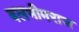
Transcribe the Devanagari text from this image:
बलभीमराज